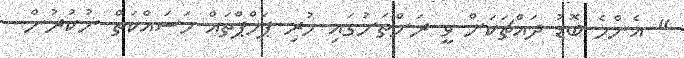
" އެންމެ ބޮޑު ދައްޗަކަށް ވީ ރަށްތަށުގައި ހުރި ޕަމްޕްތައް މަސައްކަތް ނުކުރުން.